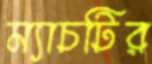
ম্যাচটির